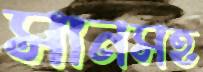
সানসহ